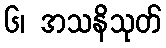
၆၊ အသနိသုတ်